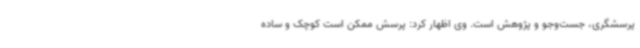
پرسشگری، جست‌وجو و پژوهش است. وی اظهار کرد: پرسش ممکن است کوچک و ساده